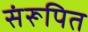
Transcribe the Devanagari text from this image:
संरूपित